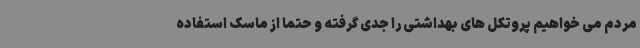
مردم می خواهیم پروتکل های بهداشتی را جدی گرفته و حتما از ماسک استفاده